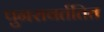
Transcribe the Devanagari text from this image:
पुनरावर्ततित